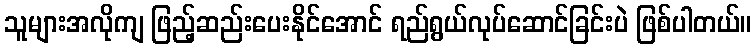
သူများအလိုကျ ဖြည့်ဆည်းပေးနိုင်အောင် ရည်ရွယ်လုပ်ဆောင်ခြင်းပဲ ဖြစ်ပါတယ်။